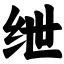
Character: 绁